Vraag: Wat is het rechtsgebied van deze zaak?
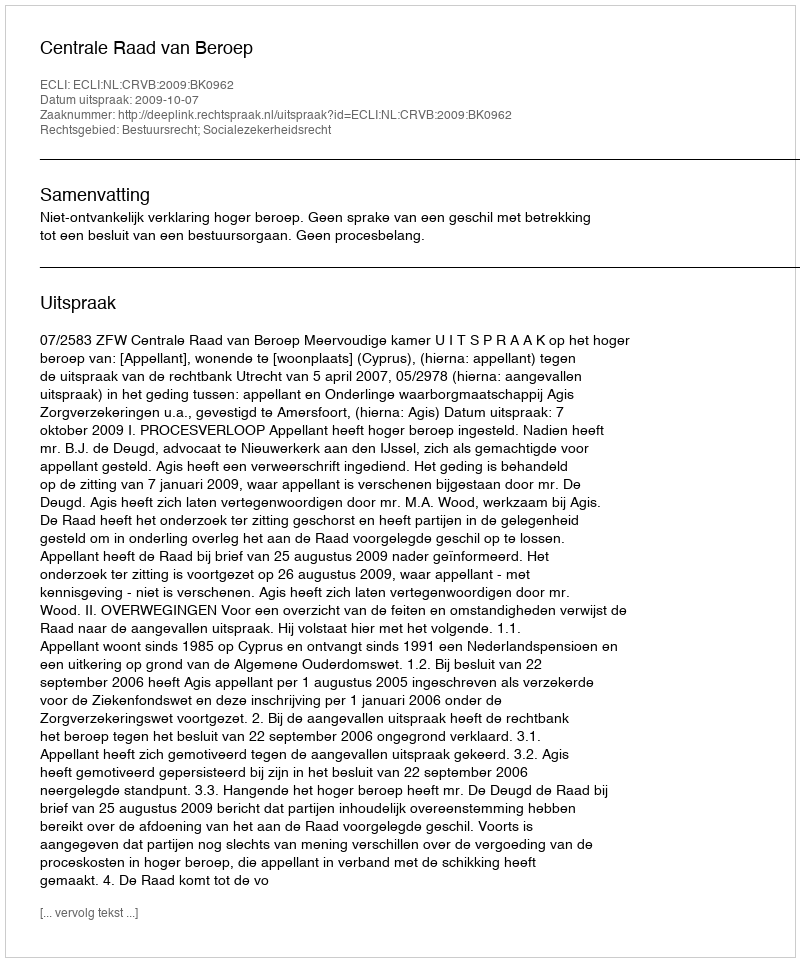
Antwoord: Bestuursrecht; Socialezekerheidsrecht